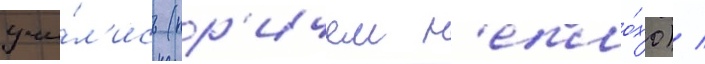
учи́л'ись (пр'ичем н'епло́хо) /